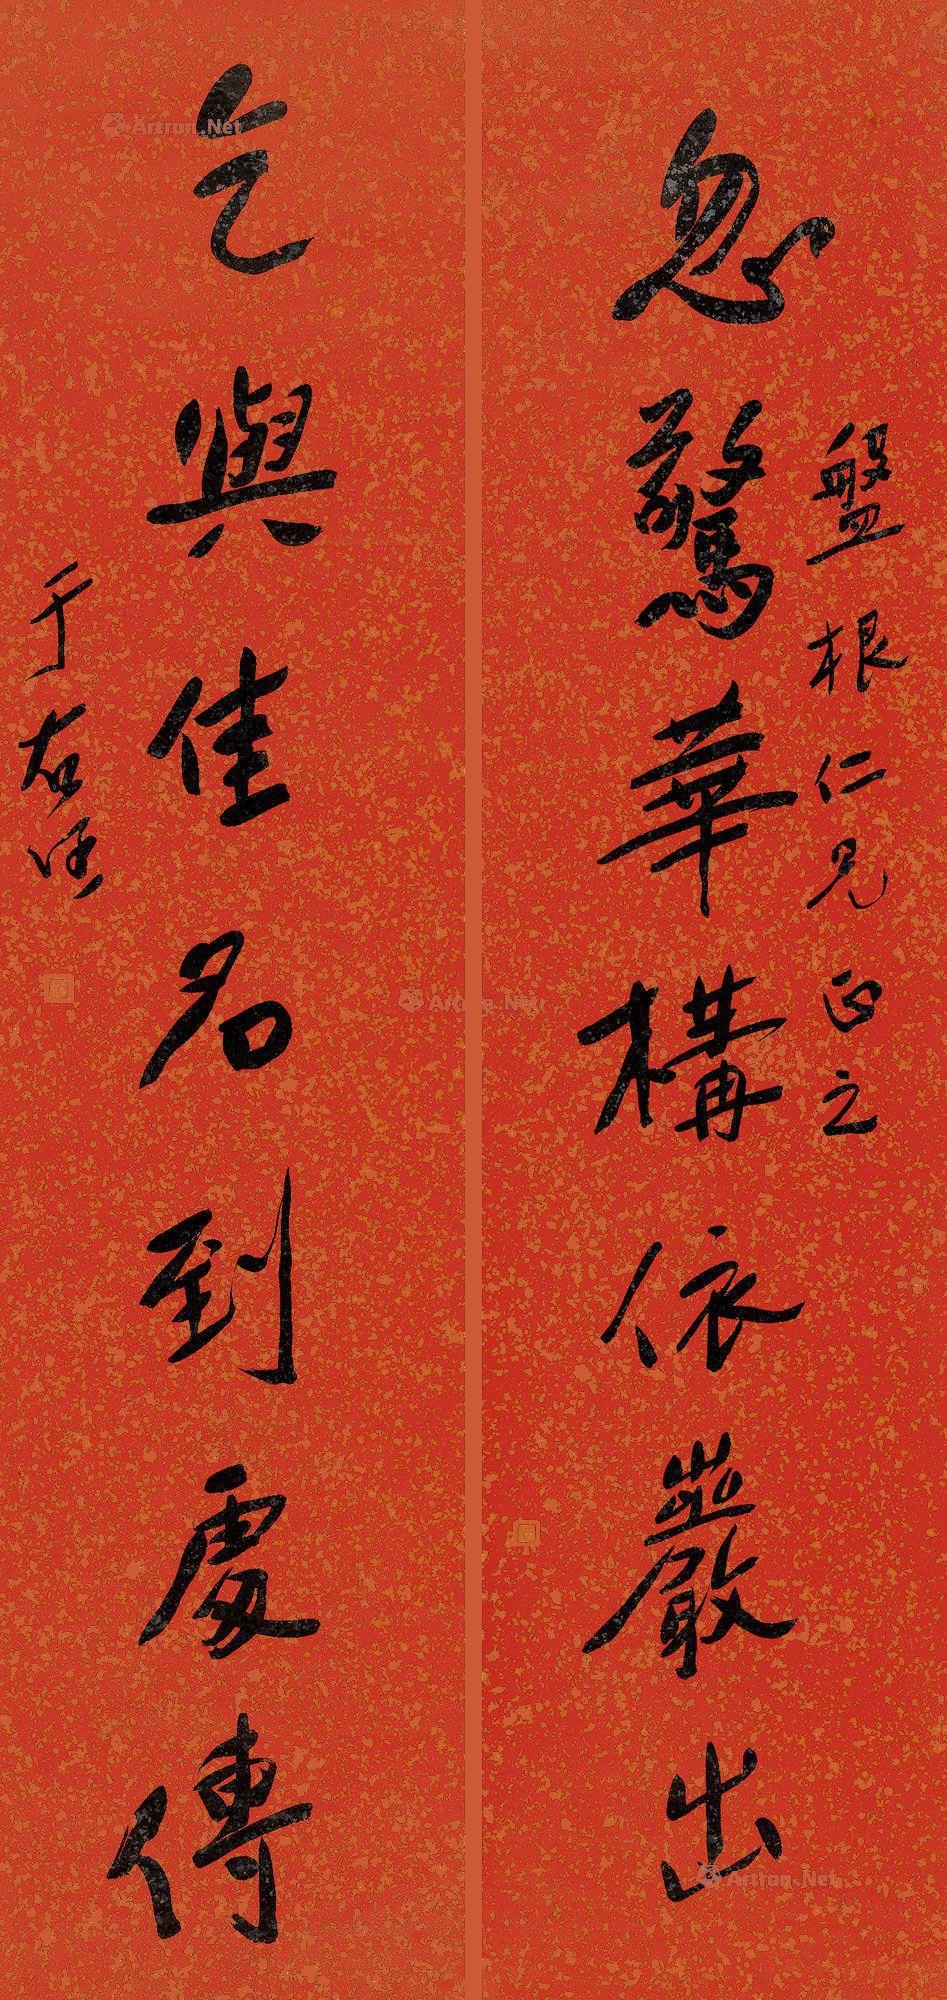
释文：忽惊华构依岩出，气与佳名到处传。盘根仁兄正之，于右任。